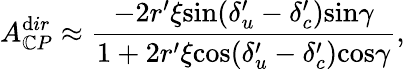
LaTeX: {A}_{\mathbb{C}P}^{\mathrm{d}ir}\approx{\frac{{-2{r}^{\prime}\xi\mathrm{{sin}}({\delta}_{u}^{\prime}-{\delta}_{c}^{\prime})\mathrm{{sin}}\gamma}}{{1+2{r}^{\prime}\xi\mathrm{{cos}}({\delta}_{u}^{\prime}-{\delta}_{c}^{\prime})\mathrm{{cos}}\gamma}}},